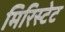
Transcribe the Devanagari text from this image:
मिरिस्टेट